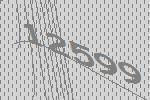
12599